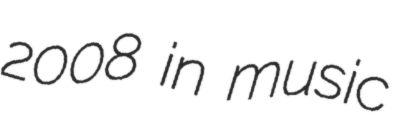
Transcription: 2008 in music